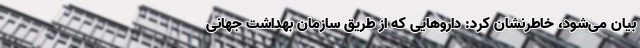
بیان می‌شود، خاطرنشان کرد: داروهایی که از طریق سازمان بهداشت جهانی